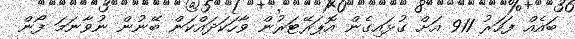
ބައެއް ފަހަރު 911 އަށް ގުޅައިގެން އޮޕަރޭޓަރުން ވާހަކަދައްކަން ބޭނުން ނުވާނަމަ ފޯން